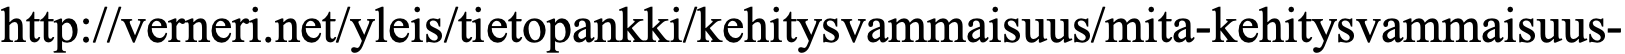
http://verneri.net/yleis/tietopankki/kehitysvammaisuus/mita-kehitysvammaisuus-